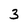
Character: 3